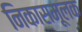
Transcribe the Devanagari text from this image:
निकासमूलक